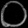
Digit: ၀